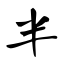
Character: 半